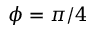
\phi = \pi / 4